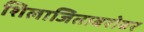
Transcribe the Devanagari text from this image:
शिलाजिताबरोबर